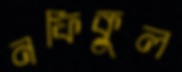
নফিকুল